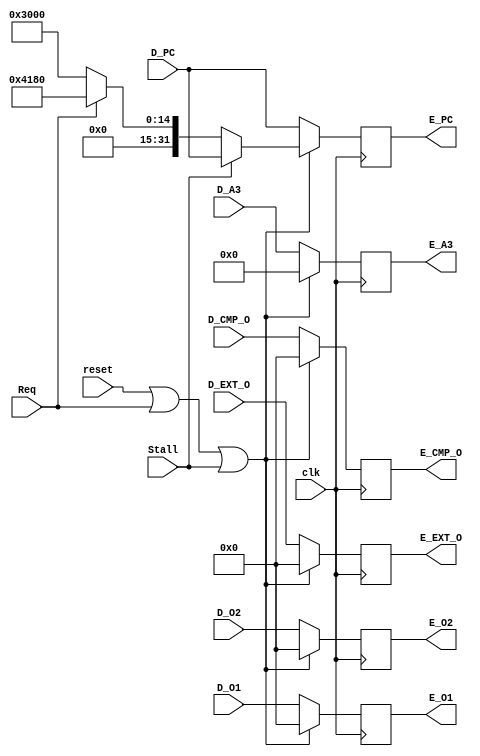
`timescale 1ns / 1ps
//////////////////////////////////////////////////////////////////////////////////
// Company: 
// Engineer: 
// 
// Design Name: 
// Module Name:    E_REG 
// Project Name: 
// Target Devices: 
// Tool versions: 
// Description: 
//
// Dependencies: 
//
// Revision: 
// Revision 0.01 - File Created
// Additional Comments: 
//
//////////////////////////////////////////////////////////////////////////////////
module E_REG(
	 input clk,
	 input reset,
	 input Stall,
    input [31:0] D_O1,
    input [31:0] D_O2,
    input [31:0] D_PC,
    input [31:0] D_EXT_O,
	 input [31:0] D_CMP_O,
    input [4:0] D_A3,
	 input Req,
    output reg [31:0] E_O1,
    output reg [31:0] E_O2,
    output reg [31:0] E_PC,
    output reg [31:0] E_EXT_O,
	 output reg [31:0] E_CMP_O,
    output reg [4:0] E_A3
    );
	 initial begin
		E_O1 = 32'h00000000;
		E_O2 = 32'h00000000;
		E_PC = 32'h00003000;
		E_EXT_O = 32'h00000000;
		E_CMP_O = 32'h00000000;
		E_A3 = 5'b00000;
	 end
	 always@(posedge clk) begin
		if (reset || Req || Stall) begin
			E_O1 <= 32'h00000000;
			E_O2 <= 32'h00000000;
			E_PC <= (Stall) ? D_PC : (Req == 1'b1) ? 32'h00004180 : 32'h00003000;
			E_EXT_O <= 32'h00000000;
			E_CMP_O <= 32'h00000000;
			E_A3 <= 5'b00000;
		end
		else begin
			E_O1 <= D_O1;
			E_O2 <= D_O2;
			E_PC <= D_PC;
			E_EXT_O <= D_EXT_O;
			E_CMP_O <= D_CMP_O;
			E_A3 <= D_A3;
		end
	 end
endmodule